Document type: Sale
Year: 1461
Scribe: [Unknown]
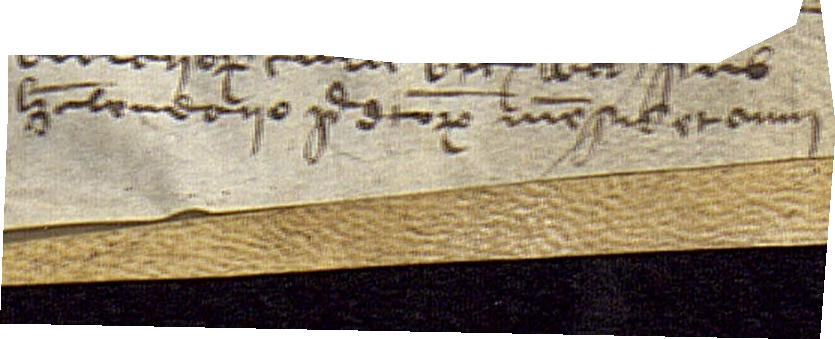
kalendario predictorum mensis et anni.